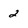
Character: 2